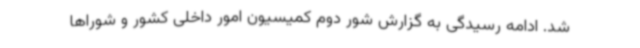
شد. ادامه رسیدگی به گزارش شور دوم کمیسیون امور داخلی کشور و شوراها